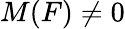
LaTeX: M(F)\neq 0